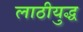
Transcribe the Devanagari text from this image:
लाठीयुद्ध